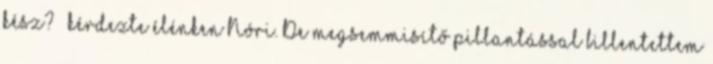
kész? – kérdezte élénken Nóri. De megsemmisítő pillantással billentettem